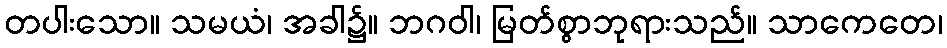
တပါးသော။ သမယံ၊ အခါ၌။ ဘဂဝါ၊ မြတ်စွာဘုရားသည်။ သာကေတေ၊